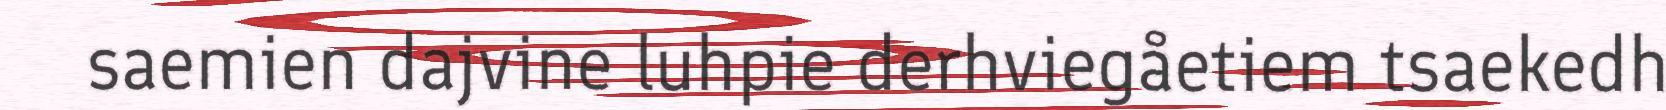
saemien dajvine luhpie derhviegåetiem tsaekedh